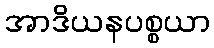
အာဒိယနပစ္စယာ